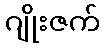
ဂျိုးဇက်